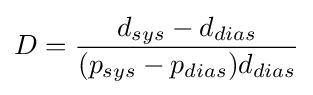
D={\frac {d_{sys}-d_{dias}}{(p_{sys}-p_{dias})d_{dias}}}